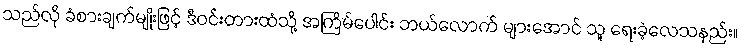
သည်လို ခံစားချက်မျိုးဖြင့် ဒီဝင်းတားထံသို့ အကြိမ်ပေါင်း ဘယ်လောက် များအောင် သူ ရေးခဲ့လေသနည်း။